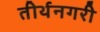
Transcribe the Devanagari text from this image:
तीर्थनगरी